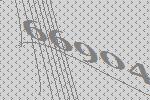
66904